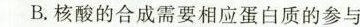
B.核酸的合成需要相应蛋白质的参与